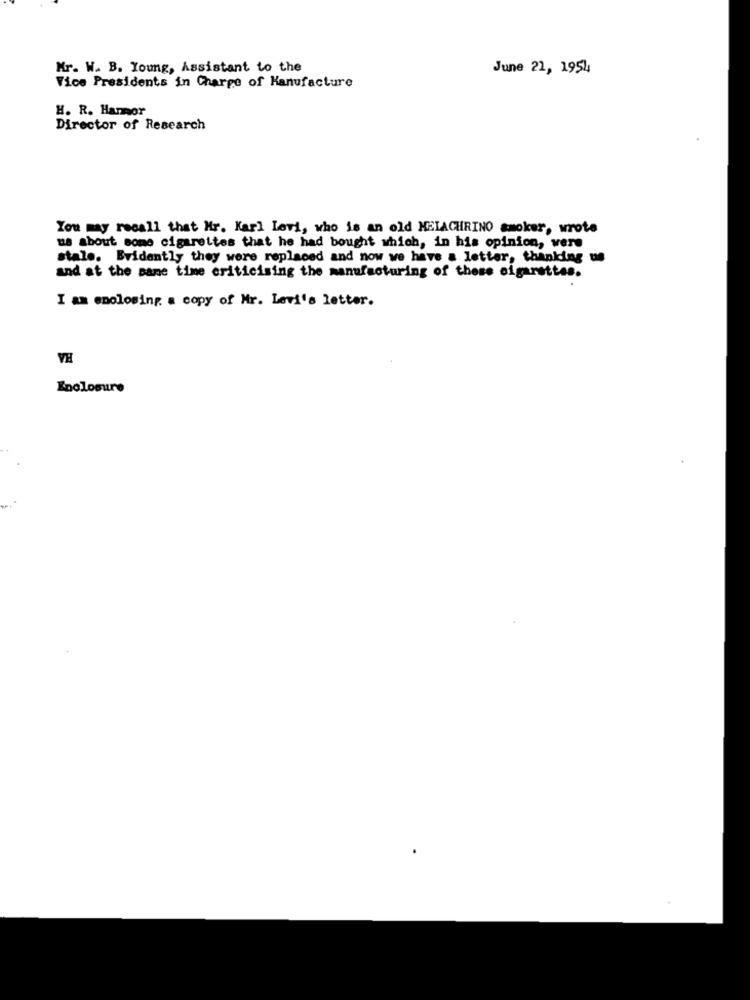
Mr. W. B. Young, Assistant to the
June 21, 1954
Vice Presidents in Charge of Manufacture
H. R. Hanor
Director of Research
You may recall that Mr. Karl Levi, who is an old HEIACHRINO smoker, wrote
us about some cigarettes that he had bought which, in his opinion, were
stale. Evidently they were replaced and now we have a letter, thanking us
and at the same time criticising the manufacturing of these cigarettes.
I am enclosing a copy of Mr. Levi's letter.
VH
Enclosure